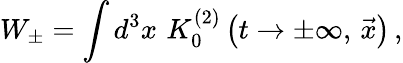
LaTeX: W_{\pm}=\int d^{3}x\, \, K_{0}^{(2)}\left(t\to\pm\infty,\, {\vec{x}}\right)\, ,